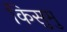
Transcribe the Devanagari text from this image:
किसुमु